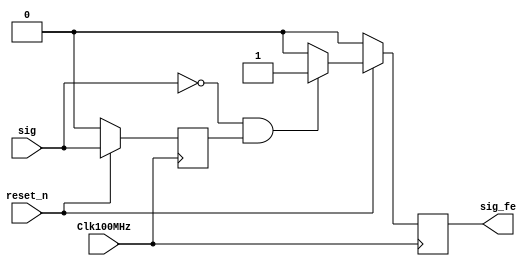
module fe_dectect(Clk100MHz, reset_n, sig, sig_fe);
    input Clk100MHz, reset_n, sig;
    output reg sig_fe;
    reg sig_D1;
    
    always @(posedge Clk100MHz) begin
        if(!reset_n) 
            sig_D1 <= 0;
        else
            sig_D1 <= sig;    
    end
        
    always @(posedge Clk100MHz)
        if(!reset_n)
            sig_fe <= 0;
        else if(!sig & sig_D1)
            sig_fe <= 1;
        else
            sig_fe <= 0;        
    
    
endmodule